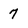
Character: 7